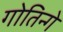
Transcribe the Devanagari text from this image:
गोतिन्गे